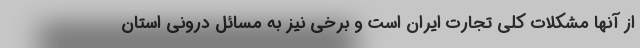
از آنها مشکلات کلی تجارت ایران است و برخی نیز به مسائل درونی استان